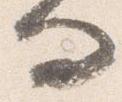
問